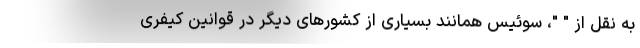
به نقل از " "، سوئیس همانند بسیاری از کشورهای دیگر در قوانین کیفری